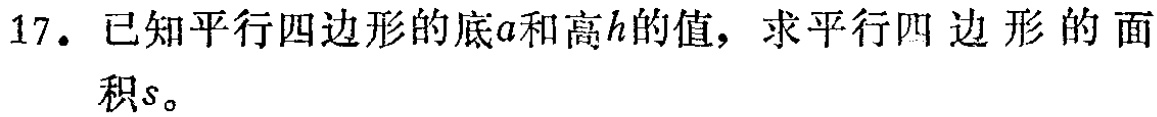
17. 已知平行四边形的底\(a\)和高\(h\)的值，求平行四边形的面积\(s\)。